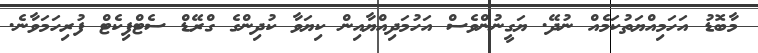
މާބޮޑު އަހަމިއްޔަތުކަމެއް ނުދޭ. ޔަގީނުންވެސް އަހުމަދިއްޔާއިން ކިޔަވާ ކުދިންގެ ގްރޭޑް ސެޓްފިކެޓް ފުރިހަމަވާނެ.